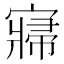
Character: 𡪷